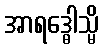
အာရဒ္ဓေါသ္မိ